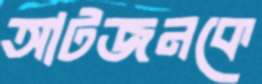
আটজনকে